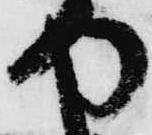
や